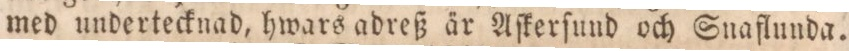
med undertecknad, hwars adreß är Aſkerſund och Snaflunda.